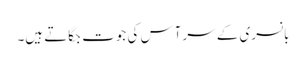
بانسری کے سر آس کی جوت جگاتے ہیں۔